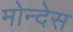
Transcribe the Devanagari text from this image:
मोन्देस